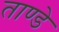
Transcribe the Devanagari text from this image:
ताण्डे